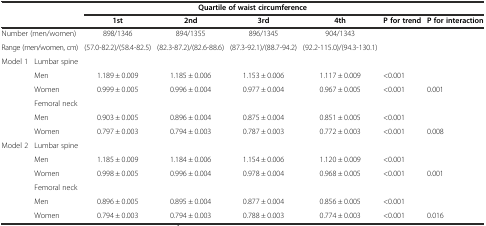
<table><thead><tr><td>[EMPTY_CELL]</td><td>[EMPTY_CELL]</td><td colspan="5"><b>Quartile of waist circumference</b></td><td>[EMPTY_CELL]</td></tr><tr><td>[EMPTY_CELL]</td><td>[EMPTY_CELL]</td><td><b>1st</b></td><td><b>2nd</b></td><td><b>3rd</b></td><td><b>4th</b></td><td><b>P for trend</b></td><td><b>P for interaction</b></td></tr></thead><tbody><tr><td colspan="2">Number (men/women)</td><td>898/1346</td><td>894/1355</td><td>896/1345</td><td>904/1343</td><td>[EMPTY_CELL]</td><td>[EMPTY_CELL]</td></tr><tr><td colspan="2">Range (men/women, cm)</td><td>(57.0-82.2)/(58.4-82.5)</td><td>(82.3-87.2)/(82.6-88.6)</td><td>(87.3-92.1)/(88.7-94.2)</td><td>(92.2-115.0)/(94.3-130.1)</td><td>[EMPTY_CELL]</td><td>[EMPTY_CELL]</td></tr><tr><td>Model 1</td><td>Lumbar spine</td><td>[EMPTY_CELL]</td><td>[EMPTY_CELL]</td><td>[EMPTY_CELL]</td><td>[EMPTY_CELL]</td><td>[EMPTY_CELL]</td><td>[EMPTY_CELL]</td></tr><tr><td>[EMPTY_CELL]</td><td>Men</td><td>1.189 ± 0.009</td><td>1.185 ± 0.006</td><td>1.153 ± 0.006</td><td>1.117 ± 0.009</td><td>&lt;0.001</td><td>[EMPTY_CELL]</td></tr><tr><td>[EMPTY_CELL]</td><td>Women</td><td>0.999 ± 0.005</td><td>0.996 ± 0.004</td><td>0.977 ± 0.004</td><td>0.967 ± 0.005</td><td>&lt;0.001</td><td>0.001</td></tr><tr><td>[EMPTY_CELL]</td><td>Femoral neck</td><td>[EMPTY_CELL]</td><td>[EMPTY_CELL]</td><td>[EMPTY_CELL]</td><td>[EMPTY_CELL]</td><td>[EMPTY_CELL]</td><td>[EMPTY_CELL]</td></tr><tr><td>[EMPTY_CELL]</td><td>Men</td><td>0.903 ± 0.005</td><td>0.896 ± 0.004</td><td>0.875 ± 0.004</td><td>0.851 ± 0.005</td><td>&lt;0.001</td><td>[EMPTY_CELL]</td></tr><tr><td>[EMPTY_CELL]</td><td>Women</td><td>0.797 ± 0.003</td><td>0.794 ± 0.003</td><td>0.787 ± 0.003</td><td>0.772 ± 0.003</td><td>&lt;0.001</td><td>0.008</td></tr><tr><td>Model 2</td><td>Lumbar spine</td><td>[EMPTY_CELL]</td><td>[EMPTY_CELL]</td><td>[EMPTY_CELL]</td><td>[EMPTY_CELL]</td><td>[EMPTY_CELL]</td><td>[EMPTY_CELL]</td></tr><tr><td>[EMPTY_CELL]</td><td>Men</td><td>1.185 ± 0.009</td><td>1.184 ± 0.006</td><td>1.154 ± 0.006</td><td>1.120 ± 0.009</td><td>&lt;0.001</td><td>[EMPTY_CELL]</td></tr><tr><td>[EMPTY_CELL]</td><td>Women</td><td>0.998 ± 0.005</td><td>0.996 ± 0.004</td><td>0.978 ± 0.004</td><td>0.968 ± 0.005</td><td>&lt;0.001</td><td>0.001</td></tr><tr><td>[EMPTY_CELL]</td><td>Femoral neck</td><td>[EMPTY_CELL]</td><td>[EMPTY_CELL]</td><td>[EMPTY_CELL]</td><td>[EMPTY_CELL]</td><td>[EMPTY_CELL]</td><td>[EMPTY_CELL]</td></tr><tr><td>[EMPTY_CELL]</td><td>Men</td><td>0.896 ± 0.005</td><td>0.895 ± 0.004</td><td>0.877 ± 0.004</td><td>0.856 ± 0.005</td><td>&lt;0.001</td><td>[EMPTY_CELL]</td></tr><tr><td>[EMPTY_CELL]</td><td>Women</td><td>0.794 ± 0.003</td><td>0.794 ± 0.003</td><td>0.788 ± 0.003</td><td>0.774 ± 0.003</td><td>&lt;0.001</td><td>0.016</td></tr></tbody></table>